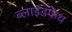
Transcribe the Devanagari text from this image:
ब्लाइंडफेथ